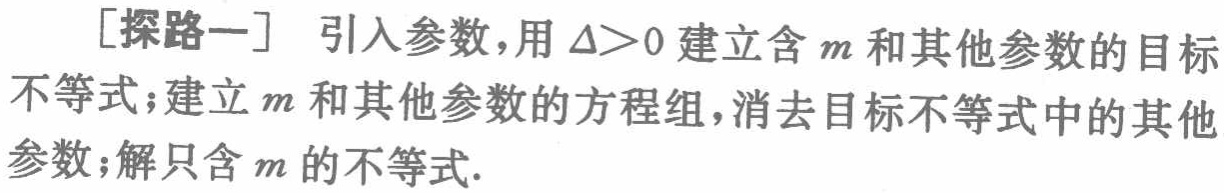
[探路一] 引入参数，用 $\Delta>0$ 建立含 $m$ 和其他参数的目标不等式；建立 $m$ 和其他参数的方程组，消去目标不等式中的其他参数；解只含 $m$ 的不等式.